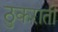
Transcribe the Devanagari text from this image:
ठुकराती